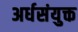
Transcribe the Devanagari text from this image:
अर्धसंयुक्त